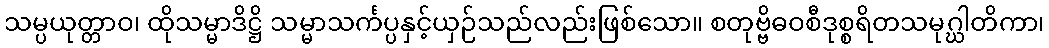
သမ္ပယုတ္တာဝ၊ ထိုသမ္မာဒိဋ္ဌိ သမ္မာသင်္ကပ္ပနှင့်ယှဉ်သည်လည်းဖြစ်သော။ စတုဗ္ဗိဓဝစီဒုစ္စရိတသမုဂ္ဃါတိကာ၊